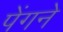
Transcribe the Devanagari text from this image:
पेंगने